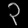
Digit: ၃